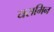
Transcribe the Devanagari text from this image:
यसमिन